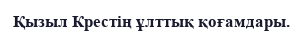
Қызыл Крестің ұлттық қоғамдары.